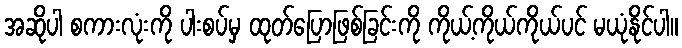
အဆိုပါ စကားလုံးကို ပါးစပ်မှ ထုတ်ပြောဖြစ်ခြင်းကို ကိုယ့်ကိုယ်ကိုယ်ပင် မယုံနိုင်ပါ။